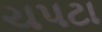
ચપટા